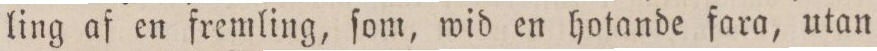
ling af en fremling, ſom, wid en hotande fara, utan